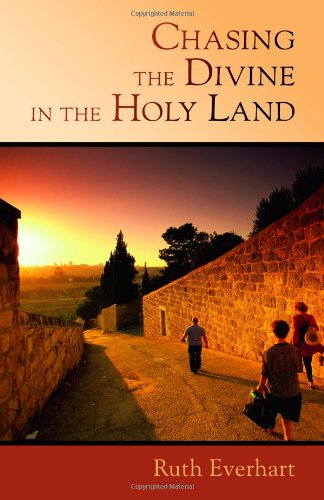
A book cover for Chasing the Divine in the Holy Land; Ruth Everhart; Travel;